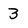
Character: 3